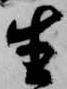
生